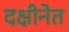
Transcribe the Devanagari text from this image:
दक्षीनेत